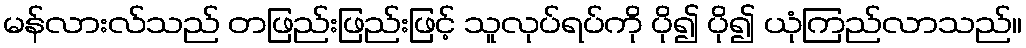
မန်လားလ်သည် တဖြည်းဖြည်းဖြင့် သူလုပ်ရပ်ကို ပို၍ ပို၍ ယုံကြည်လာသည်။